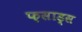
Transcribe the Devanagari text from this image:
फ़साड्स